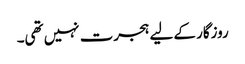
روزگار کے لیے ہجرت نہیں تھی۔